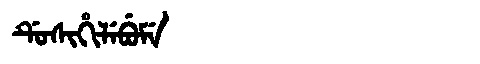
Manchu: ᡩᡠᠰᡳᡥᡳᠯᡝᠪᡠᠮᡝ
Romanization: DUSIHILEBUME